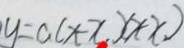
y = a ( x - x ) ( x + x )